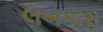
લબકારા